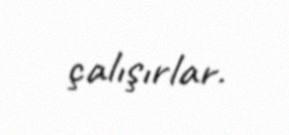
çalışırlar.